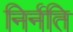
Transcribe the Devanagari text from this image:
निर्नति